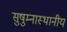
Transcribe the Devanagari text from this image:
सुषुम्नास्थानीय